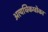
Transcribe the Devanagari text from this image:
अत्यधिकधोका